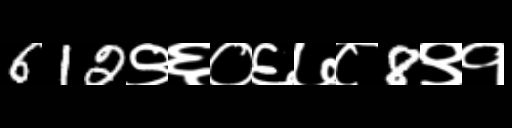
Text: 612९६०६७८8९१